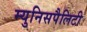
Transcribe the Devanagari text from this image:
म्युनिसपैलिटी